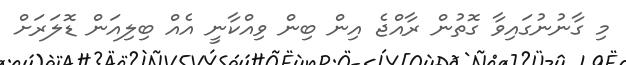
މި ގާނުނުގައިވާ ގޮތުން ރާއްޖެ އިން ބިން ވިއްކާނީ އެއް ބިލިއަން ޑޮލަރަށް